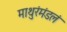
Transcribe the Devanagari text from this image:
माथुरंमंडलं